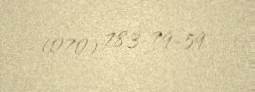
(070) 783-79-59